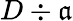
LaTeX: D\div\mathfrak{a}